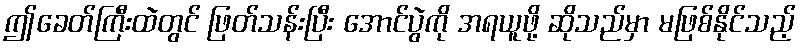
ဤခေတ်ကြီးထဲတွင် ဖြတ်သန်းပြီး အောင်ပွဲကို အရယူဖို့ ဆိုသည်မှာ မဖြစ်နိုင်သည့်